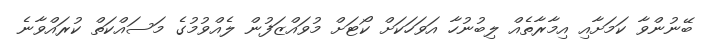
ބޭނުންވާ ކަމަށާއި އިމާރާތެއް ލިބުނުހާ އަވަހަކަށް ކޯޓަށް މުވައްޒަފުން ލެއްވުމުގެ މަސައްކަތް ކުރައްވާނެ